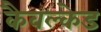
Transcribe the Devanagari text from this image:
कैवल्केड